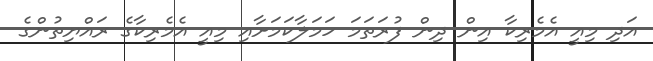
އަދި މިއީ އެމެރިކާ އިން ދިން ފުރަތަމަ ހަމަލާކަމަށާއި މިއީ އެމެރިކާގެ ރައްޔިތުންގެ